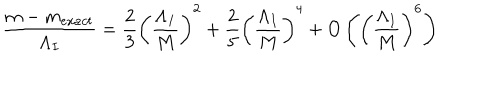
LaTeX: \frac { m - m _ { e x a c t } } { \Lambda _ { I } } = \frac { 2 } { 3 } \left( \frac { \Lambda _ { I } } { M } \right) ^ { 2 } + \frac { 2 } { 5 } \left( \frac { \Lambda _ { I } } { M } \right) ^ { 4 } + O \left( \left( \frac { \Lambda _ { I } } { M } \right) ^ { 6 } \right)